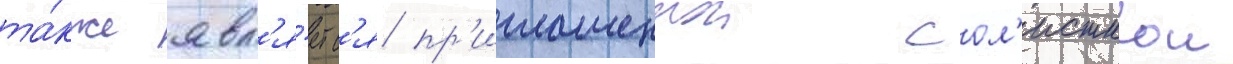
та́кже явл'я́етс'я пр'иглашеннои сол'исткои